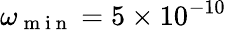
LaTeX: \omega_{\mathrm{~m~i~n~}}=5\times 10^{-10}